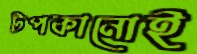
টপকানোই